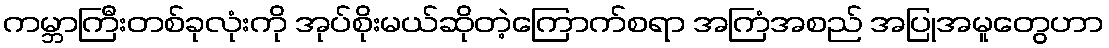
ကမ္ဘာကြီးတစ်ခုလုံးကို အုပ်စိုးမယ်ဆိုတဲ့ကြောက်စရာ အကြံအစည် အပြုအမူတွေဟာ